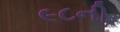
૯૮ની